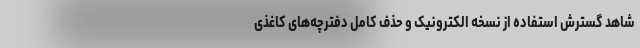
شاهد گسترش استفاده از نسخه الکترونیک و حذف کامل دفترچه‌های کاغذی